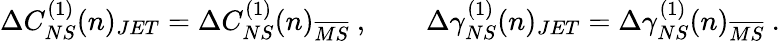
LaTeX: \Delta C_{NS}^{(1)}(n)_{JET}=\Delta C_{NS}^{(1)}(n)_{\overline{{{MS}}}}~,~~~~~~~~\Delta\gamma_{NS}^{(1)}(n)_{JET}=\Delta\gamma_{NS}^{(1)}(n)_{\overline{{{MS}}}}~.